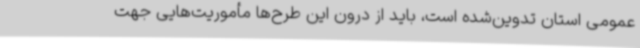
عمومی استان تدوین‌شده است، باید از درون این طرح‌ها مأموریت‌هایی جهت